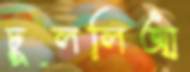
ঢুললিআ